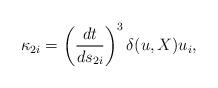
LaTeX: \begin{align*}\kappa_{2i} = \left(\frac{dt}{ds_{2i}}\right)^3 \delta(u,X) u_i,\end{align*}